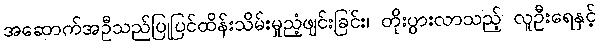
အဆောက်အဦသည်ပြုပြင်ထိန်းသိမ်းမှုညံ့ဖျင်းခြင်း၊ တိုးပွားလာသည့် လူဦးရေနှင့်